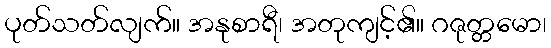
ပုတ်သတ်လျက်။ အနုစာရီ၊ အတုကျင့်၏။ ဂဇုတ္တမော၊